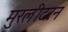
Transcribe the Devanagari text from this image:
मुरलीदरन